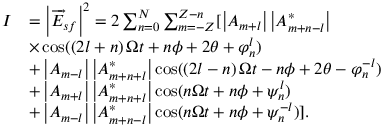
\begin{array} { r l } { I } & { = \left\vert \overrightarrow { E } _ { s f } \right\vert ^ { 2 } = 2 \sum _ { n = 0 } ^ { N } \sum _ { m = - Z } ^ { Z - n } [ \left\vert A _ { m + l } \right\vert \left\vert A _ { m + n - l } ^ { \ast } \right\vert } \\ & { \times \cos ( \left( 2 l + n \right) \Omega t + n \phi + 2 \theta + \varphi _ { n } ^ { l } ) } \\ & { + \left\vert A _ { m - l } \right\vert \left\vert A _ { m + n + l } ^ { \ast } \right\vert \cos ( \left( 2 l - n \right) \Omega t - n \phi + 2 \theta - \varphi _ { n } ^ { - l } ) } \\ & { + \left\vert A _ { m + l } \right\vert \left\vert A _ { m + n + l } ^ { \ast } \right\vert \cos ( n \Omega t + n \phi + \psi _ { n } ^ { l } ) } \\ & { + \left\vert A _ { m - l } \right\vert \left\vert A _ { m + n - l } ^ { \ast } \right\vert \cos ( n \Omega t + n \phi + \psi _ { n } ^ { - l } ) ] . } \end{array}